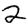
Digit: 2